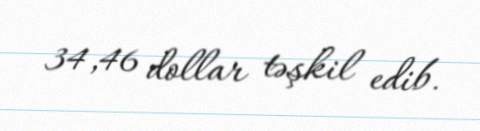
34,46 dollar təşkil edib.